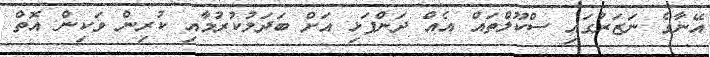
އޭނާގެ ނަޒަރުގައި ސްކޫލްތައް އެއް ދަންފަޅި އަށް ބަދަލުކުރުމާއި ކުރިން ވަކިން އޮތް